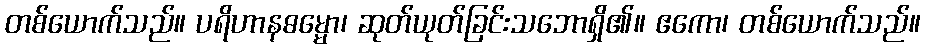
တစ်ယောက်သည်။ ပရိဟာနဓမ္မော၊ ဆုတ်ယုတ်ခြင်းသဘောရှိ၏။ ဧကော၊ တစ်ယောက်သည်။